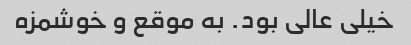
خیلی عالی بود. به موقع و خوشمزه